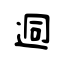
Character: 迵